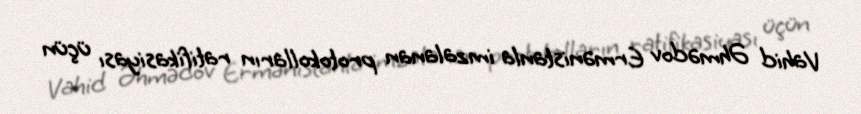
Vahid Əhmədov Ermənistanla imzalanan protokolların ratifikasiyası üçün